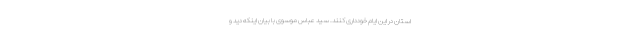
استان در این ایام خودداری کنند. سید عباس موسوی با بیان اینکه دید و